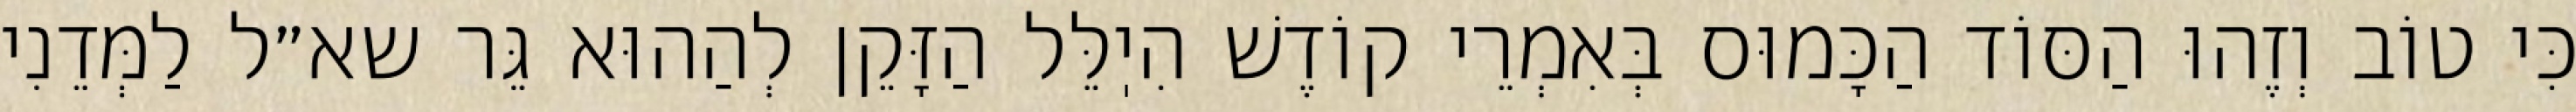
כִּי טוֹב וְזֶהוּ הַסּוֹד הַכָּמוּס בְּאִמְרֵי קוֹדֶשׁ הִיֽלֵּל הַזָּקֵן לְהַהוּא גֵּר שא״ל לַמְּדֵנִי